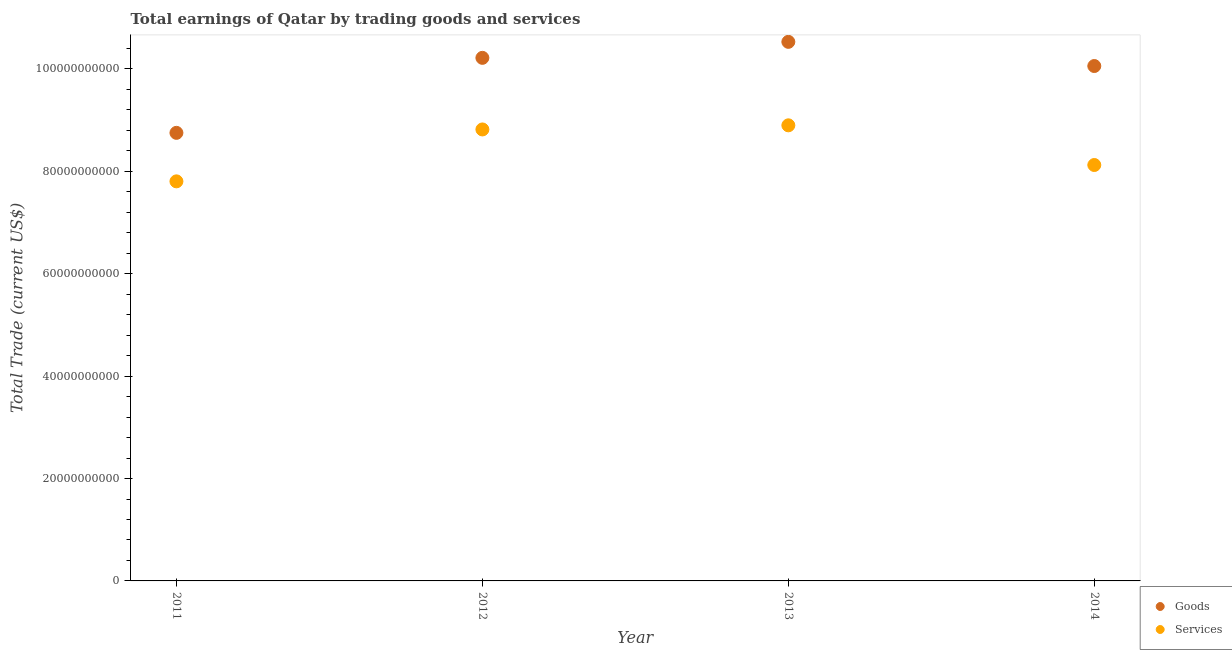
| Year | Goods | Services |
 | --- | --- | --- |
 | 2011 | 8.75e+10 | 7.8e+10 |
 | 2012 | 1.02e+11 | 8.82e+10 |
 | 2013 | 1.05e+11 | 8.9e+10 |
 | 2014 | 1.01e+11 | 8.12e+10 |